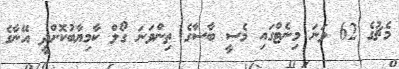
މެޗުގެ 62 ވަނަ މިނެޓްގައި މެސީ ބާސާގެ ތިންވަނަ ގޯލް ކާމިޔާބުކޮށްދީ އޭނާގެ